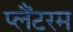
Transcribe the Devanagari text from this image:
प्लैंटरम